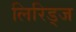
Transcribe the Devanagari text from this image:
लिरिड्ज